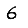
Digit: 6